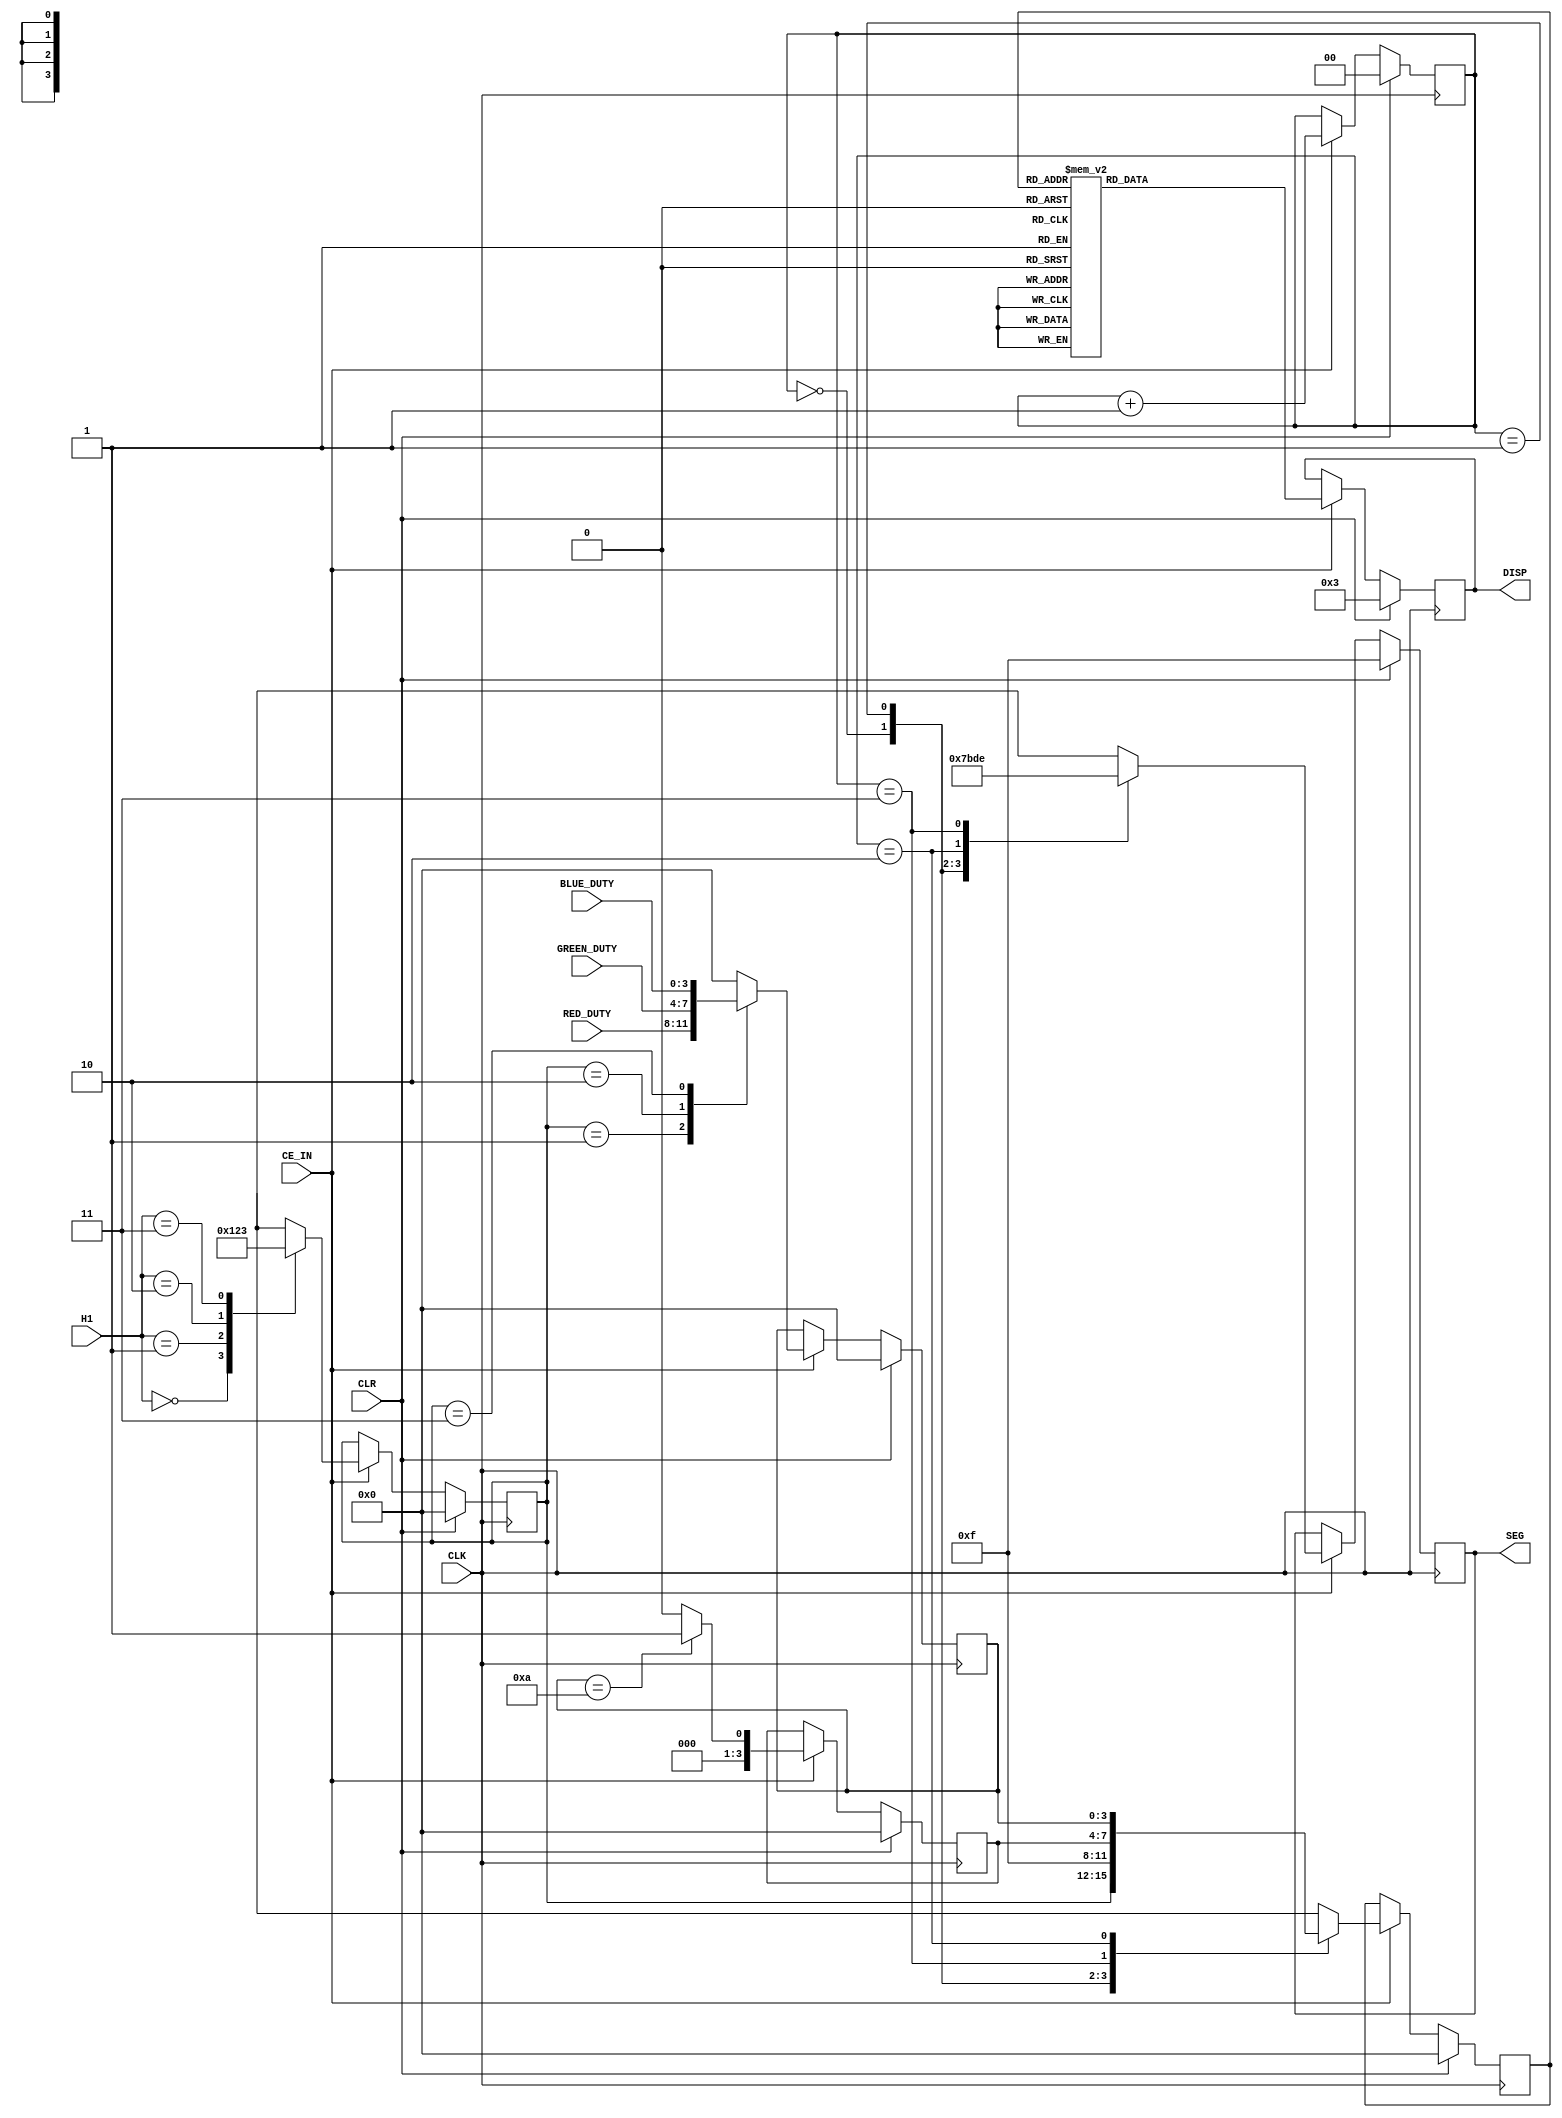
module DisplayControl(
    input 			CLK,
	input 			CLR,
	input           CE_IN,
	input     [1:0] H1,
	input     [3:0] RED_DUTY,    
    input     [3:0] GREEN_DUTY,    
    input     [3:0] BLUE_DUTY,
	output reg [3:0] SEG,       // wybor aktywacji danej sekcji wyswietlacza
	output reg [7:0] DISP       // wyswietlanie informacji na danym wyswietlaczu
    );
    
    reg [1:0] ANODE_TGL = 2'd0; // licznik aktywacji 1 z 4 wyswietlaczy
    reg [3:0] H1_BCD;           // kod HOT_ONE przeksztalcony na BCD
    reg [3:0] COL_DUTY;         // duty cycle wybranego koloru gotowy do zdekodowania na wyswietlacz
    reg [3:0] TENS;             // warunek '1' lub '0' na miejscu dziesietnym duty cycle
    reg [3:0] PRE_DISP;
        
    always @ (posedge CLK) begin
        if (CLR)
            ANODE_TGL <= 2'd0;
        else if (CE_IN)
            ANODE_TGL <= ANODE_TGL + 1;
    end
    
    always @ (posedge CLK) begin
        if (CLR)
            TENS <= 4'd0;
        else if (CE_IN) begin
            if (COL_DUTY == 4'b1010)
                TENS <= 4'b0001;
            else TENS <= 4'b0000;
        end
    end
    
    always @ (posedge CLK) begin
        if (CLR)
            PRE_DISP <= 4'd0;
        else if(CE_IN)
            case (ANODE_TGL)
                2'b00 : begin
                    PRE_DISP <= H1_BCD; end
                2'b01 : begin
                    PRE_DISP <= 4'b1111; end
                2'b11 : begin
                    PRE_DISP <= TENS; end
                2'b10 : begin
                    PRE_DISP <= COL_DUTY; end
                default : PRE_DISP <= 4'b0000;
            endcase      
    end
    
    always @ (posedge CLK) begin
        if (CLR)
            SEG <= 4'd0111;
        else if (CE_IN)
            case (ANODE_TGL)
                2'b00 : SEG <= 4'b0111;   // sekcja 0
                2'b01 : SEG <= 4'b1011;   // sekcja 1
                2'b10 : SEG <= 4'b1101;   // sekcja 2
                2'b11 : SEG <= 4'b1110;   // sekcja 3
                default : SEG <= 4'b0111; // domyslnie sekcja 0
            endcase    
    end

    always @ (posedge CLK) begin
        if (CLR)
            H1_BCD <= 4'd0;
        else if (CE_IN)
            case (H1)
                2'b00 : H1_BCD <= 4'b0000; // 0, nic
                2'b01 : H1_BCD <= 4'b0001; // 1, RED
                2'b10 : H1_BCD <= 4'b0010; // 2, GREEN
                2'b11 : H1_BCD <= 4'b0011; // 3, BLUE
                default : H1_BCD <= 4'b0000; // 0, nic
            endcase
    end
    
    always @ (posedge CLK) begin
        if (CLR)
            COL_DUTY <= 4'd0;
        else if (CE_IN)
            case (H1_BCD)
                4'b0000 : begin
                    COL_DUTY <= 4'b0000; end
                4'b0001 : begin
                    COL_DUTY <= RED_DUTY; end
                4'b0010 : begin
                    COL_DUTY <= GREEN_DUTY; end
                4'b0011 : begin
                    COL_DUTY <= BLUE_DUTY; end
                default : COL_DUTY <= 4'b0000;
            endcase
    end
    
    always @ (posedge CLK) begin
        if (CLR)
            DISP <= 8'b00000011;
        else if (CE_IN)
            case (PRE_DISP)
                4'b0000 : DISP <= 8'b00000011; // 0
                4'b0001 : DISP <= 8'b10011111; // 1
                4'b0010 : DISP <= 8'b00100101; // 2
                4'b0011 : DISP <= 8'b00001101; // 3
                4'b0100 : DISP <= 8'b10011001; // 4
                4'b0101 : DISP <= 8'b01001001; // 5
                4'b0110 : DISP <= 8'b01000001; // 6
                4'b0111 : DISP <= 8'b00011111; // 7
                4'b1000 : DISP <= 8'b00000001; // 8
                4'b1001 : DISP <= 8'b00001001; // 9
                4'b1010 : DISP <= 8'b00000011; // 10, gdzie wyswietlane jest '0'
                4'b1111 : DISP <= 8'b11111101; // -
                default : DISP <= 8'b00000011; // 0          
            endcase
    end
     
endmodule